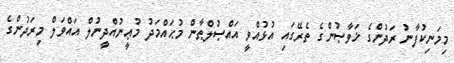
މިމަނިކުފާނު ރަދުންގެ ޚަވާޞުންގެ ތެރޭގައި އުޅުއްވީ އައްޞުލްޠާން މުޙައްމަދު މުޢީނުއްދީނުލް އައްވަލް މިރަދުންގެ